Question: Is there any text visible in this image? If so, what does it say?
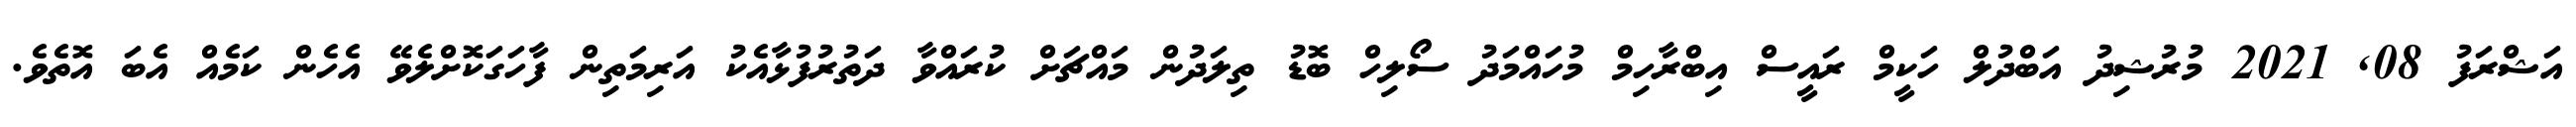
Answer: އަޝްރަފު 08, 2021 މުރުޝިދު އަބްދުލް ހަކީމް ރައީސް އިބްރާހިމް މުހައްމަދު ސޯލިހް ބޮޑު ތިލަދުން މައްޗަށް ކުރައްވާ ދަތުރުފުޅާއެކު އަރިމަތިން ފާހަގަކޮށްލެވޭ އެހެން ކަމެއް އެބަ އޮތެވެ.